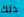
ذلك